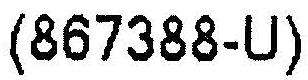
(867388-U)